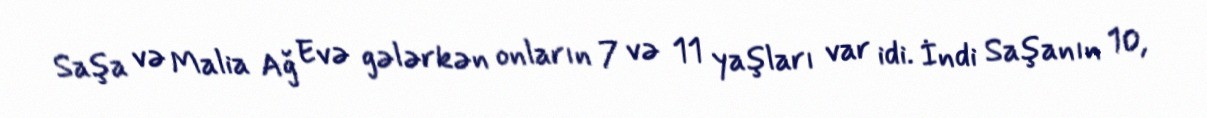
Saşa və Malia Ağ Evə gələrkən onların 7 və 11 yaşları var idi. İndi Saşanın 10,